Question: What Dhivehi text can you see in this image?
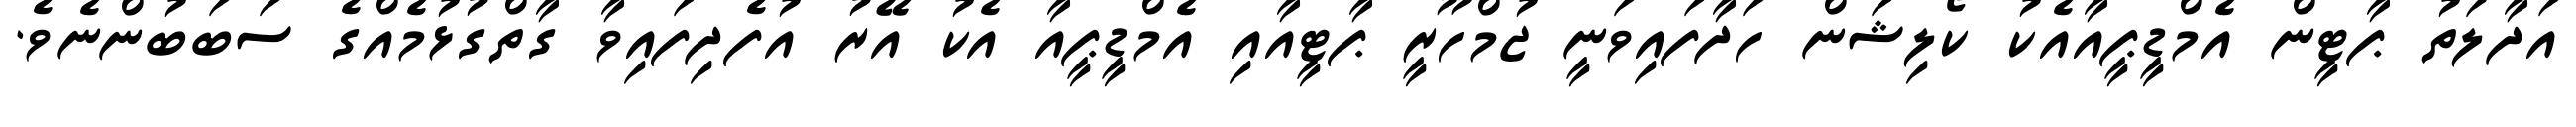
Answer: އަދާލަތު ޕާޓީން އެމްޑީޕީއާއެކު ކޯލިޝަން ހަދާފައިވަނީ ޖުމްހޫރީ ޕާޓީއާއި އެމްޑީޕީއާ އެކު އޭރު އުފެދިފައިވާ ގާތްގުޅުމެއްގެ ސަބަބުންނެވެ.